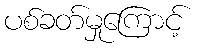
ပစ်ခတ်မှုကြောင့်